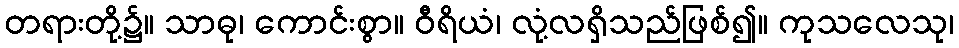
တရားတို့၌။ သာဓု၊ ကောင်းစွာ။ ဝီရိယံ၊ လုံ့လရှိသည်ဖြစ်၍။ ကုသလေသု၊